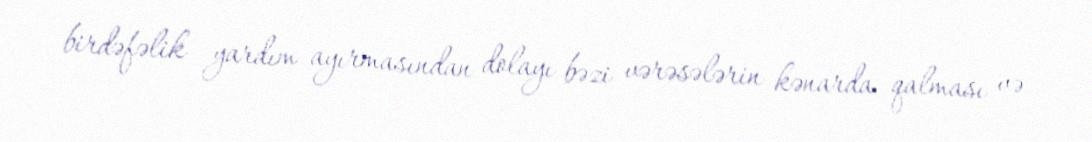
birdəfəlik yardım ayırmasından dolayı bəzi vərəsələrin kənarda qalması və